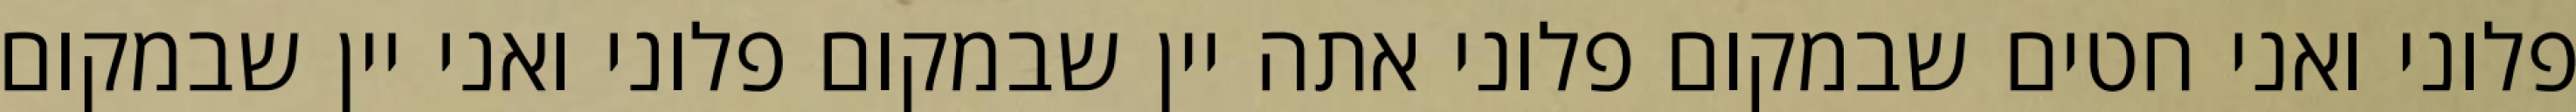
פלוני ואני חטים שבמקום פלוני אתה יין שבמקום פלוני ואני יין שבמקום